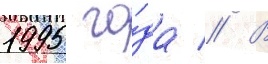
1995 го́да // В